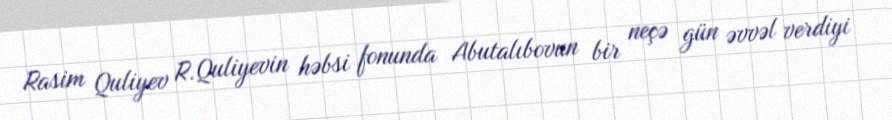
Rasim Quliyev R.Quliyevin həbsi fonunda Abutalıbovun bir neçə gün əvvəl verdiyi